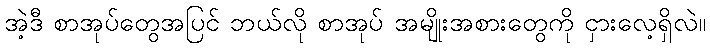
အဲ့ဒီ စာအုပ်တွေအပြင် ဘယ်လို စာအုပ် အမျိုးအစားတွေကို ငှားလေ့ရှိလဲ။